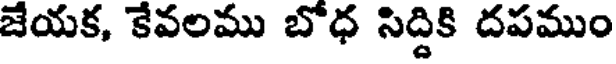
జేయక, కేవలము బోధ సిద్దికి దపముం